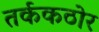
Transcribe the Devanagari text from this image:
तर्ककठोर